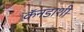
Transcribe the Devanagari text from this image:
कॅनडाशी